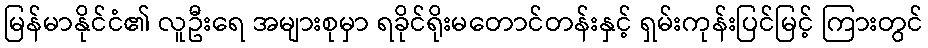
မြန်မာနိုင်ငံ၏ လူဦးရေ အများစုမှာ ရခိုင်ရိုးမတောင်တန်းနှင့် ရှမ်းကုန်းပြင်မြင့် ကြားတွင်